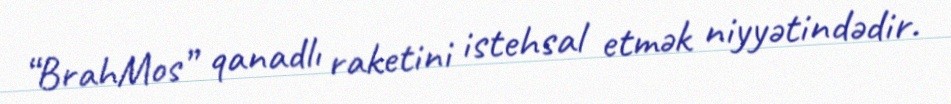
“BrahMos” qanadlı raketini istehsal etmək niyyətindədir.